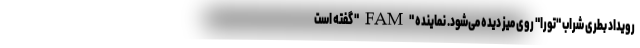
رویداد بطری شراب "تورا" روی میز دیده می‌شود. نماینده "FAM" گفته است